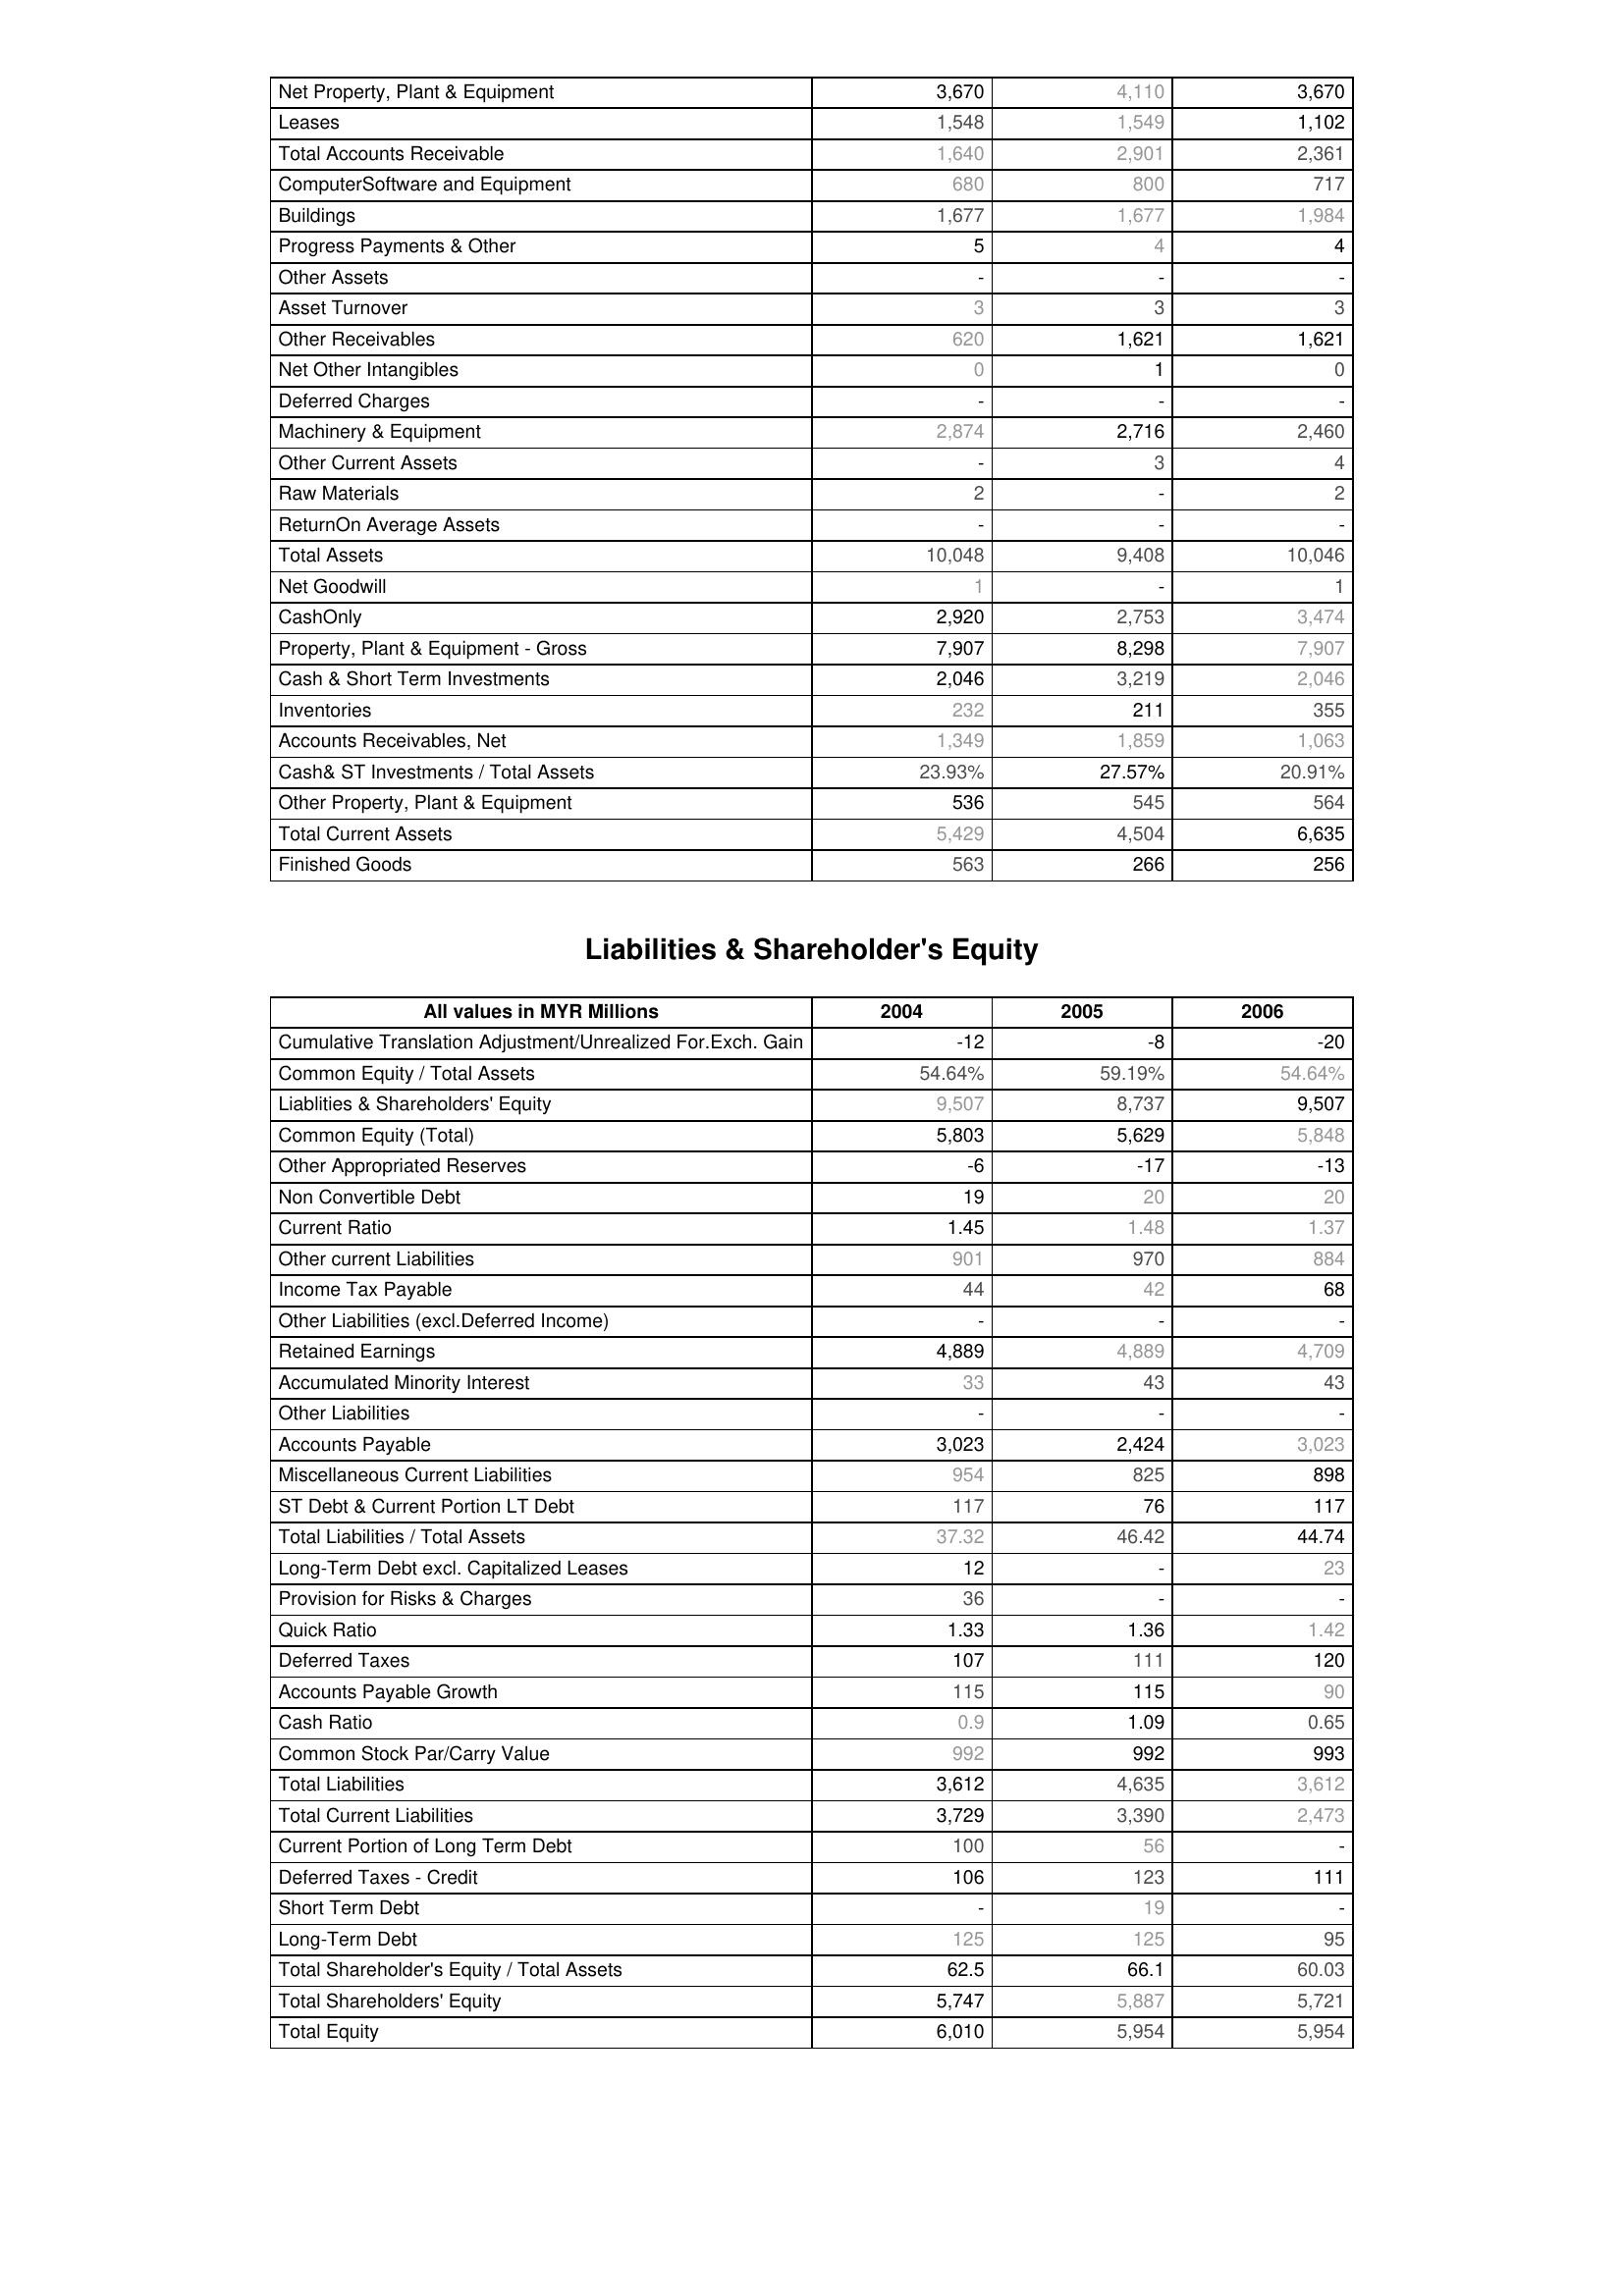
2004: Assets: Net Property, Plant & Equipment: 3,670
Leases: 1,548
Total Accounts Receivable: 1,640
ComputerSoftware and Equipment: 680
Buildings: 1,677
Progress Payments & Other: 5
Other Assets: -
Asset Turnover: 3
Other Receivables: 620
Net Other Intangibles: 0
Deferred Charges: -
Machinery & Equipment: 2,874
Other Current Assets: -
Raw Materials: 2
ReturnOn Average Assets: -
Total Assets: 10,048
Net Goodwill: 1
CashOnly: 2,920
Property, Plant & Equipment - Gross : 7,907
Cash & Short Term Investments: 2,046
Inventories: 232
Accounts Receivables, Net: 1,349
Cash& ST Investments / Total Assets: 23.93%
Other Property, Plant & Equipment: 536
Total Current Assets: 5,429
Finished Goods: 563
Liabilities & Shareholder's Equity: Cumulative Translation Adjustment/Unrealized For.Exch. Gain: -12
Common Equity / Total Assets: 54.64%
Liablities & Shareholders' Equity: 9,507
Common Equity (Total): 5,803
Other Appropriated Reserves: -6
Non Convertible Debt: 19
Current Ratio: 1.45
Other current Liabilities: 901
Income Tax Payable: 44
Other Liabilities (excl.Deferred Income): -
Retained Earnings: 4,889
Accumulated Minority Interest: 33
Other Liabilities: -
Accounts Payable: 3,023
Miscellaneous Current Liabilities: 954
ST Debt & Current Portion LT Debt: 117
Total Liabilities / Total Assets: 37.32
Long-Term Debt excl. Capitalized Leases: 12
Provision for Risks & Charges: 36
Quick Ratio: 1.33
Deferred Taxes: 107
Accounts Payable Growth: 115
Cash Ratio: 0.9
Common Stock Par/Carry Value: 992
Total Liabilities: 3,612
Total Current Liabilities: 3,729
Current Portion of Long Term Debt: 100
Deferred Taxes - Credit: 106
Short Term Debt: -
Long-Term Debt: 125
Total Shareholder's Equity / Total Assets: 62.5
Total Shareholders' Equity: 5,747
Total Equity: 6,010
2005: Assets: Net Property, Plant & Equipment: 4,110
Leases: 1,549
Total Accounts Receivable: 2,901
ComputerSoftware and Equipment: 800
Buildings: 1,677
Progress Payments & Other: 4
Other Assets: -
Asset Turnover: 3
Other Receivables: 1,621
Net Other Intangibles: 1
Deferred Charges: -
Machinery & Equipment: 2,716
Other Current Assets: 3
Raw Materials: -
ReturnOn Average Assets: -
Total Assets: 9,408
Net Goodwill: -
CashOnly: 2,753
Property, Plant & Equipment - Gross : 8,298
Cash & Short Term Investments: 3,219
Inventories: 211
Accounts Receivables, Net: 1,859
Cash& ST Investments / Total Assets: 27.57%
Other Property, Plant & Equipment: 545
Total Current Assets: 4,504
Finished Goods: 266
Liabilities & Shareholder's Equity: Cumulative Translation Adjustment/Unrealized For.Exch. Gain: -8
Common Equity / Total Assets: 59.19%
Liablities & Shareholders' Equity: 8,737
Common Equity (Total): 5,629
Other Appropriated Reserves: -17
Non Convertible Debt: 20
Current Ratio: 1.48
Other current Liabilities: 970
Income Tax Payable: 42
Other Liabilities (excl.Deferred Income): -
Retained Earnings: 4,889
Accumulated Minority Interest: 43
Other Liabilities: -
Accounts Payable: 2,424
Miscellaneous Current Liabilities: 825
ST Debt & Current Portion LT Debt: 76
Total Liabilities / Total Assets: 46.42
Long-Term Debt excl. Capitalized Leases: -
Provision for Risks & Charges: -
Quick Ratio: 1.36
Deferred Taxes: 111
Accounts Payable Growth: 115
Cash Ratio: 1.09
Common Stock Par/Carry Value: 992
Total Liabilities: 4,635
Total Current Liabilities: 3,390
Current Portion of Long Term Debt: 56
Deferred Taxes - Credit: 123
Short Term Debt: 19
Long-Term Debt: 125
Total Shareholder's Equity / Total Assets: 66.1
Total Shareholders' Equity: 5,887
Total Equity: 5,954
2006: Assets: Net Property, Plant & Equipment: 3,670
Leases: 1,102
Total Accounts Receivable: 2,361
ComputerSoftware and Equipment: 717
Buildings: 1,984
Progress Payments & Other: 4
Other Assets: -
Asset Turnover: 3
Other Receivables: 1,621
Net Other Intangibles: 0
Deferred Charges: -
Machinery & Equipment: 2,460
Other Current Assets: 4
Raw Materials: 2
ReturnOn Average Assets: -
Total Assets: 10,046
Net Goodwill: 1
CashOnly: 3,474
Property, Plant & Equipment - Gross : 7,907
Cash & Short Term Investments: 2,046
Inventories: 355
Accounts Receivables, Net: 1,063
Cash& ST Investments / Total Assets: 20.91%
Other Property, Plant & Equipment: 564
Total Current Assets: 6,635
Finished Goods: 256
Liabilities & Shareholder's Equity: Cumulative Translation Adjustment/Unrealized For.Exch. Gain: -20
Common Equity / Total Assets: 54.64%
Liablities & Shareholders' Equity: 9,507
Common Equity (Total): 5,848
Other Appropriated Reserves: -13
Non Convertible Debt: 20
Current Ratio: 1.37
Other current Liabilities: 884
Income Tax Payable: 68
Other Liabilities (excl.Deferred Income): -
Retained Earnings: 4,709
Accumulated Minority Interest: 43
Other Liabilities: -
Accounts Payable: 3,023
Miscellaneous Current Liabilities: 898
ST Debt & Current Portion LT Debt: 117
Total Liabilities / Total Assets: 44.74
Long-Term Debt excl. Capitalized Leases: 23
Provision for Risks & Charges: -
Quick Ratio: 1.42
Deferred Taxes: 120
Accounts Payable Growth: 90
Cash Ratio: 0.65
Common Stock Par/Carry Value: 993
Total Liabilities: 3,612
Total Current Liabilities: 2,473
Current Portion of Long Term Debt: -
Deferred Taxes - Credit: 111
Short Term Debt: -
Long-Term Debt: 95
Total Shareholder's Equity / Total Assets: 60.03
Total Shareholders' Equity: 5,721
Total Equity: 5,954